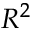
R ^ { 2 }